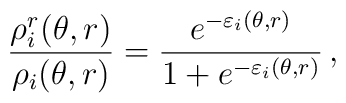
\frac{\rho _{i}^{r}(\theta ,r)}{\rho _{i}(\theta ,r)}=\frac{e^{-\varepsilon_{i}(\theta ,r)}}{1+e^{-\varepsilon _{i}(\theta ,r)}}\,,